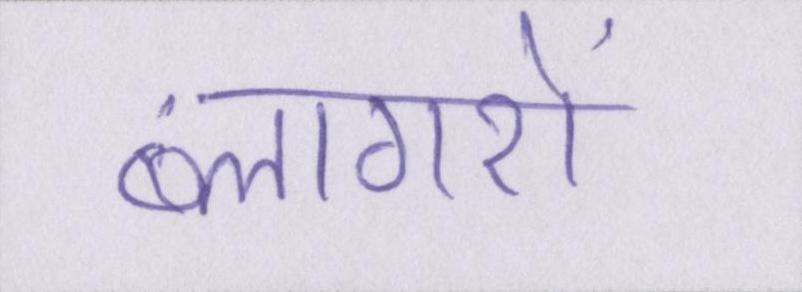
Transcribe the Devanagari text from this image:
ब्लागरों